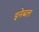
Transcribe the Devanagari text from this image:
इनेबल